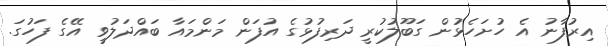
އިރުފާނު އެ ހުށަހެޅުން ގަބޫލުކުރީ ދަރިފުޅުގެ އުފަން މަންމައާ ބައްދަލުވީ އޭގެ ފަހުގަ.